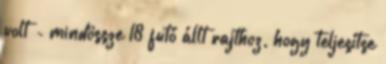
volt - mindössze 18 futó állt rajthoz, hogy teljesítse